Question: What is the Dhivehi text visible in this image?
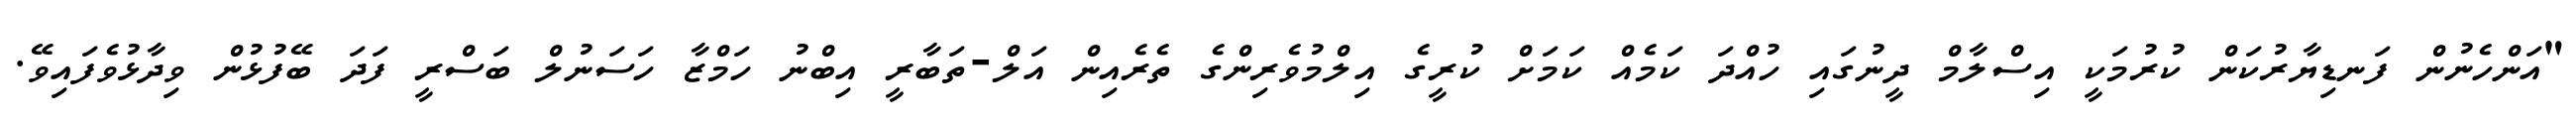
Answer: "އަންހެނުން ފަނޑިޔާރުކަން ކުރުމަކީ އިސްލާމް ދީނުގައި ހުއްދަ ކަމެއް ކަމަށް ކުރީގެ އިލްމުވެރިންގެ ތެރެއިން އަލް-ތަބާރީ އިބްނު ހަމްޒާ ހަސަނުލް ބަސްރީ ފަދަ ބޭފުޅުން ވިދާޅުވެފައިވޭ.